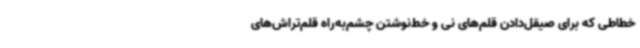
خطاطی که برای صیقل‌دادن قلم‌های نی و خط‌نوشتن چشم‌به‌راه قلم‌تراش‌های